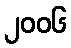
၂၀၀၆